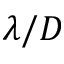
\lambda / D